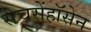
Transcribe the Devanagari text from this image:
सेचसेंहॉसेन